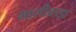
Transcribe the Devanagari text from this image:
मालीवाड़ा